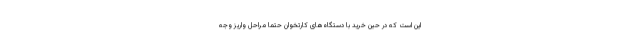
این است که در حین خرید با دستگاه‌های کارتخوان حتما مراحل واریز وجه